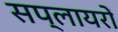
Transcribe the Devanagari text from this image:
सप्लायरों